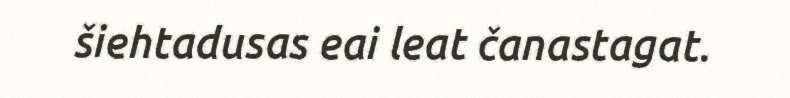
šiehtadusas eai leat čanastagat.